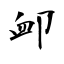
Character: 卹